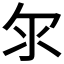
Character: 𣱹